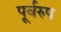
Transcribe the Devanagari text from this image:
पूर्वरुप